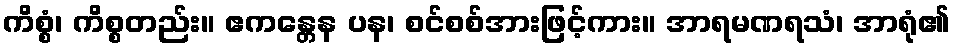
ကိစ္စံ၊ ကိစ္စတည်း။ ဧကန္တေန ပန၊ စင်စစ်အားဖြင့်ကား။ အာရမဏရသံ၊ အာရုံ၏